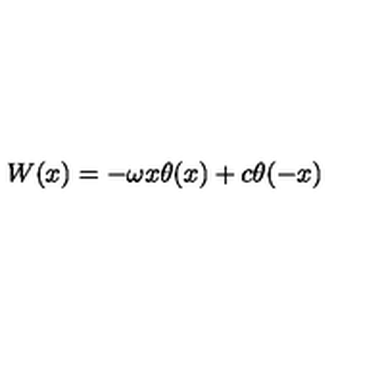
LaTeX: W ( x ) = - \omega x \theta ( x ) + c \theta ( - x )